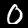
Label: 0